Insane asylums Bombay 1873-77 - 1873-1877
Year: 1873
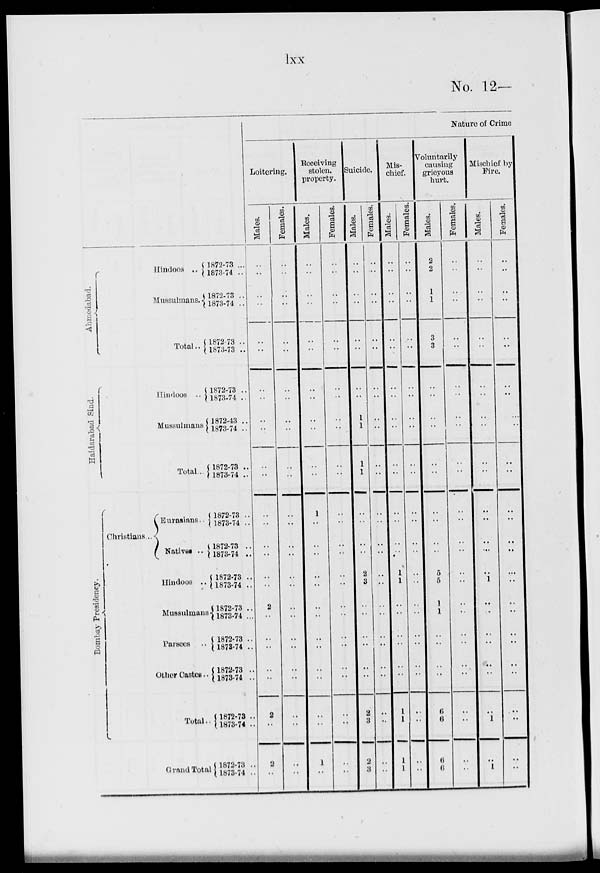
lxx
No. 12—
Ahmedabad.
Haidarabad Sind.
Bombay Presidency.
Hindoos ..
Mussulmans.
Total
Hindoos
..
Mussulmans
Total ...
Christians ...
Eurasians ..
Natives ..
Hindoos ..
Mussulmans
Parsees
..
their Castes ..
Total ..
Grand Total
1872-73 ...
1873-74 ..
1872-73 ..
1873-74 ..
1872-73 ..
1873-73 ..
1872-73 ..
1873-74 ..
1872-43 ..
1873-74 ..
1872-73 ..
1873-74 ..
1872-73 ..
1873-74 ..
1872-73 ..
1873-74 ..
1872-73 ..
1873-74 ..
1872-73 ..
1873-74 ...
1872-73 ..
1878-74 ..
1872-73 ..
1873-74 ..
1872-73 ..
1873-74 ..
1872-73 ..
1873-74 ..
Nature of Crime
Loitering.
Males.
..
..
..
..
..
..
..
..
..
..
..
..
..
..
..
..
..
..
2
..
..
..
..
..
2
..
2
..
Females.
..
..
..
..
..
..
..
..
..
..
..
..
..
..
..
..
..
..
..
..
..
..
..
..
..
..
..
..
Receiving
stolen.
property.
Males.
..
..
..
..
..
..
..
..
..
..
..
..
1
..
..
..
..
..
..
..
..
..
..
..
..
..
1
..
Females.
..
..
..
..
..
..
..
..
..
..
..
..
..
..
..
..
..
..
..
..
..
..
..
..
..
..
..
..
Suicide.
Males.
..
..
..
..
..
..
..
..
1
1
1
1
..
..
..
..
2
3
..
..
..
..
..
..
2
3
2
3
Females.
..
..
..
..
..
..
..
..
..
..
..
..
..
..
..
..
..
..
..
..
..
..
..
..
..
..
..
..
Mis-
chief.
Males.
..
..
..
..
..
..
..
..
..
..
..
..
..
..
..
..
..
1
..
..
..
..
..
..
1
1
1
..
Females.
..
..
..
..
..
..
..
..
..
..
..
..
..
..
..
..
..
..
..
..
..
..
..
..
..
..
..
..
Voluntarily
causing
grieyous
hurt.
Males.
2
2
1
1
3
3
..
..
..
..
..
..
..
..
..
..
5
5
1
1
..
..
..
..
6
6
6
6
Females.
..
..
..
..
..
..
..
..
..
..
..
..
..
..
..
..
..
..
..
..
..
..
..
..
..
..
..
..
Mischief by
Fire.
Males.
..
..
..
..
..
..
..
..
..
..
..
..
..
..
..
..
..
1
..
..
..
..
..
..
..
1
..
1
Females.
..
..
..
..
..
..
..
..
..
..
..
..
..
..
..
..
..
..
..
..
..
..
..
..
..
..
..
..